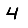
Digit: 4